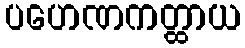
ပဟေဏကတ္ထာယ